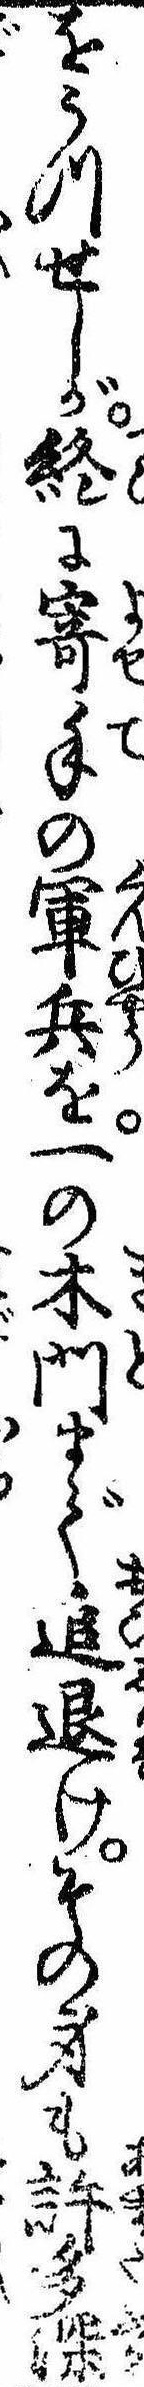
をうつせしが終に寄手の軍兵を一の木門まで追退けその身も許多深